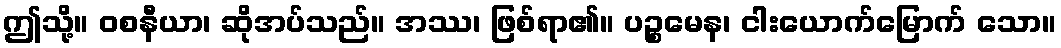
ဤသို့။ ဝစနီယာ၊ ဆိုအပ်သည်။ အဿ၊ ဖြစ်ရာ၏။ ပဉ္စမေန၊ ငါးယောက်မြောက် သော။